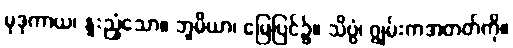
မုဒုကာယ၊ နူးညံ့သော။ ဘူမိယာ၊ မြေပြင်၌။ သိပ္ပံ၊ ဂျွမ်းကအတတ်ကို။